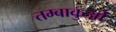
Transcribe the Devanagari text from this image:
तम्बाकुओं